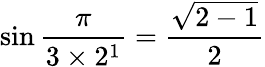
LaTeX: \sin{\frac{\pi}{3\times 2^{1}}}={\frac{\sqrt{2-1}}{2}}